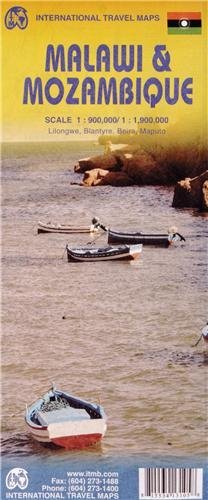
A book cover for Malawi& Mozambique1:900, 000/1, 900, 000 (International Travel Maps) [Map] [2012] (Author) International Travel maps, Lan Joyce; Travel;